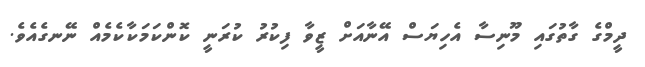
ދީމްގެ ގާތުގައި މޫނިސާ އެހިޔަސް އޭނާއަށް ޒީވާ ފިކުރު ކުރަނީ ކޮންކަމަކާކެމެއް ނޭނގެއެވެ.